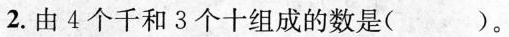
2.由4个千和3个十组成的数是( )。